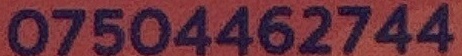
07504462744